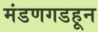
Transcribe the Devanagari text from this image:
मंडणगडहून